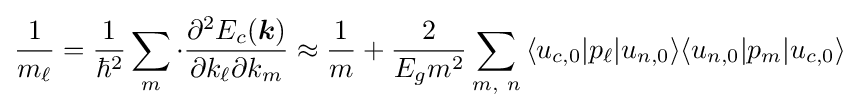
{\frac {1}{{m}_{\ell }}}={{1} \over {\hbar ^{2}}}\sum _{m}\cdot {{\partial ^{2}E_{c}({\boldsymbol {k}})} \over {\partial k_{\ell }\partial k_{m}}}\approx {\frac {1}{m}}+{\frac {2}{E_{g}m^{2}}}\sum _{m,\ n}{\langle u_{c,0}|p_{\ell }|u_{n,0}\rangle }{\langle u_{n,0}|p_{m}|u_{c,0}\rangle }